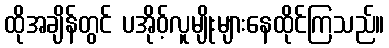
ထိုအချိန်တွင် ပအိုဝ့်လူမျိုးများနေထိုင်ကြသည်။